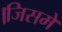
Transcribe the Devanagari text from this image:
।जिसमे